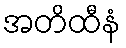
အတိထီနံ